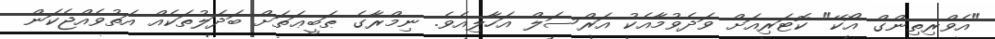
"އެވްރިތިންގް އޯކޭ" ކޮޓަރިއަށް ވަދެވުމާއެކު އަރްސަލް އަހާލިއެވެ. ނިމްރާގެ ޠަބީޢަތަށް ބަދަލުތަކެއް އަތުވެއްޖެކަން